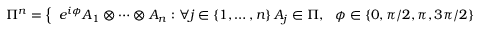
\Pi ^ { n } = \left\{ { \begin{array} { c } { e ^ { i \phi } A _ { 1 } \otimes \cdots \otimes A _ { n } : \forall j \in \left\{ 1 , \ldots , n \right\} A _ { j } \in \Pi , \ \ \phi \in \left\{ 0 , \pi / 2 , \pi , 3 \pi / 2 \right\} } \end{array} } \right\} .